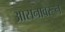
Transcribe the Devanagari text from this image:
आसनावरून